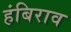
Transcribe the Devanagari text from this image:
हंबिराव